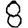
Digit: 8